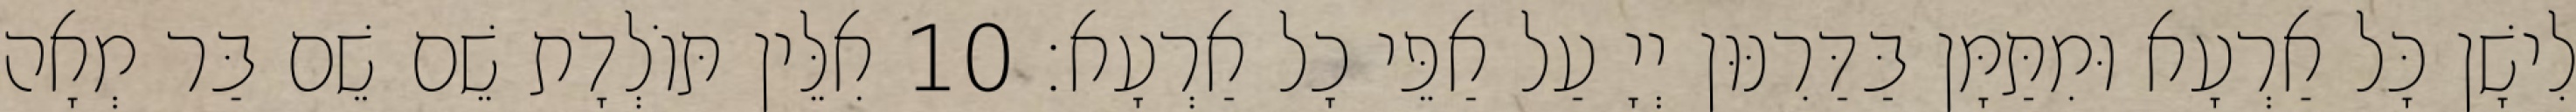
לִישָׁן כָּל אַרְעָא וּמִתַּמָּן בַּדַּרִנּוּן יְיָ עַל אַפֵּי כָל אַרְעָא׃ 10 אִלֵּין תּוֹלְדָת שֵׁם שֵׁם בַּר מְאָה